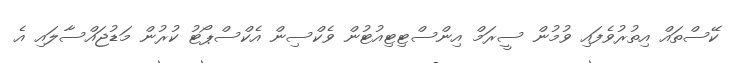
ކޭސްތައް އިތުރުވެފައި ވުމުން ސީރަމް އިންސްޓިޓިއުޓުން ވެކްސިން އެކްސްޕޯޓު ކުރުން މަޑުޖައްސާލައި އެ